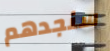
سنجدهم